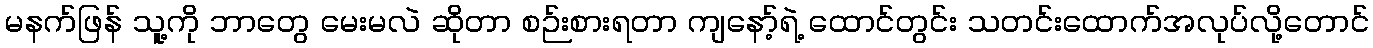
မနက်ဖြန် သူ့ကို ဘာတွေ မေးမလဲ ဆိုတာ စဉ်းစားရတာ ကျနော့်ရဲ့ ထောင်တွင်း သတင်းထောက်အလုပ်လို့တောင်